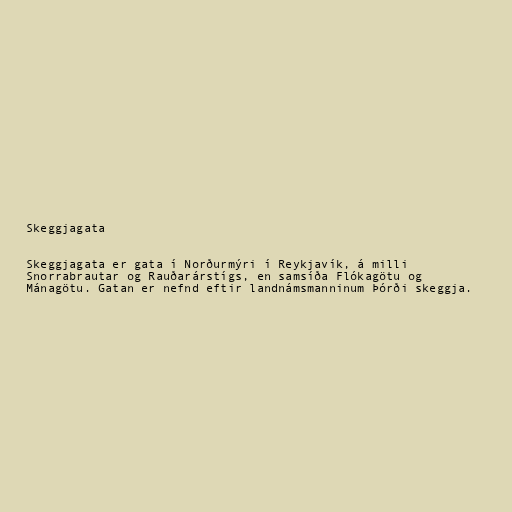
Skeggjagata

Skeggjagata er gata í Norðurmýri í Reykjavík, á milli
Snorrabrautar og Rauðarárstígs, en samsíða Flókagötu og
Mánagötu. Gatan er nefnd eftir landnámsmanninum Þórði skeggja.